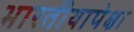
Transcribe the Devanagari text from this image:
भारतीयापेक्षा